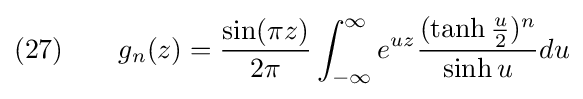
(27)\qquad g_{n}(z)={\frac {\sin(\pi z)}{2\pi }}\int _{-\infty }^{\infty }e^{uz}{\frac {(\tanh {\frac {u}{2}})^{n}}{\sinh u}}du